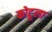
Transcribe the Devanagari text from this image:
कोटूला